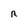
Character: R